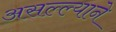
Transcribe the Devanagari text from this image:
असल्ल्याने